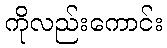
ကိုလည်းကောင်း